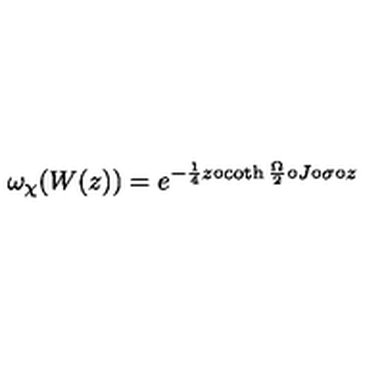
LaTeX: { \omega } _ { \chi } ( W ( z ) ) = { e } ^ { - { \frac 1 4 } z \circ \coth { { \frac \Omega 2 } } \circ J \circ \sigma \circ z }